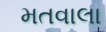
મતવાલા